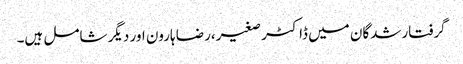
گرفتارشدگان میں ڈاکٹر صغیر،رضا ہارون اور دیگر شامل ہیں۔